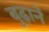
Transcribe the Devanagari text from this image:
बुढ़ाने